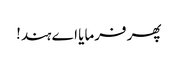
پھر فرمایا اے ہند!